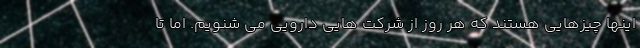
اینها چیزهایی هستند که هر روز از شرکت هایی دارویی می شنویم. اما تا